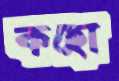
কহো